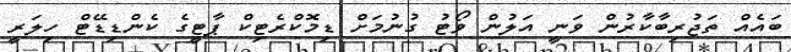
ބައެއް ތަޖުރިބާކާރުން ވަނީ އަލުން ވޯޓު ގުނުމަށް ޑިމޮކްރެޓިކް ޕާޓީގެ ކެންޑިޑޭޓް ހިލަރީ